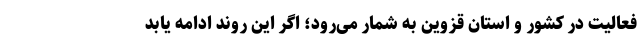
فعالیت در کشور و استان قزوین به شمار می‌رود؛ اگر این روند ادامه یابد